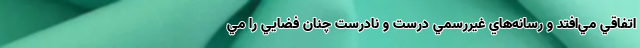
اتفاقي مي‌افتد و رسانه‌هاي غيررسمي درست و نادرست چنان فضايي را مي